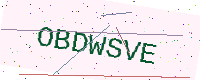
Text: OBDWSVE